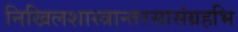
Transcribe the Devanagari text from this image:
निखिलशास्त्रान्तरसासंग्रहभि